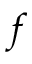
f